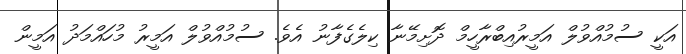
އަކީ ސުމުއްވުލް އަމީރުއިބްރާހީމް ދޮށިމޭނާ ކިލެގެފާނު އެވެ. ސުމުއްވުލް އަމީރު މުހައްމަދު އަމީން